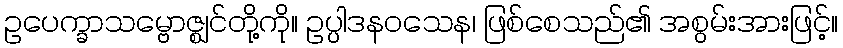
ဥပေက္ခာသမ္ဗောဇ္ဈင်တို့ကို။ ဥပ္ပါဒနဝသေန၊ ဖြစ်စေသည်၏ အစွမ်းအားဖြင့်။